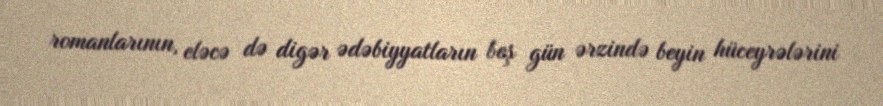
romanlarının, eləcə də digər ədəbiyyatların beş gün ərzində beyin hüceyrələrini